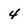
Character: 4